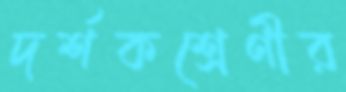
দর্শকশ্রেণীর